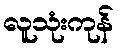
လူသုံးကုန်